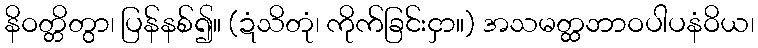
နိဝတ္တိတွာ၊ ပြန်နစ်၍။ (ဍံသိတုံ၊ ကိုက်ခြင်းငှာ။) အသမတ္ထဘာဝပါပနံဝိယ၊